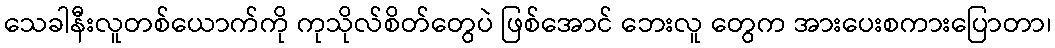
သေခါနီးလူတစ်ယောက်ကို ကုသိုလ်စိတ်တွေပဲ ဖြစ်အောင် ဘေးလူ တွေက အားပေးစကားပြောတာ၊